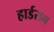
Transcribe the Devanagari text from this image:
हार्डसन